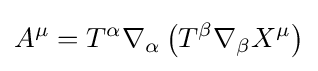
A^{\mu }=T^{\alpha }\nabla _{\alpha }\left(T^{\beta }\nabla _{\beta }X^{\mu }\right)